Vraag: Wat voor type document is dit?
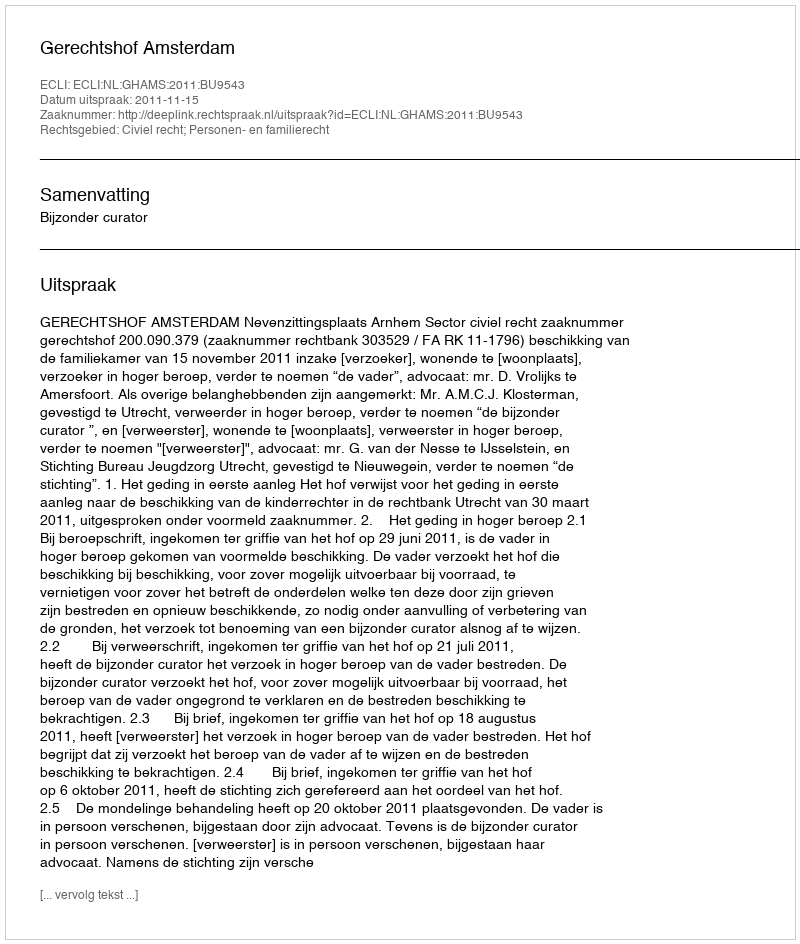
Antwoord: Uitspraak